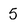
Character: 5